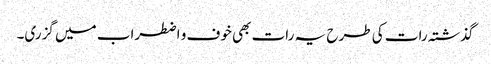
گذشتہ رات کی طرح یہ رات بھی خوف و اضطراب میں گزری۔